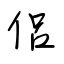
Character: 侶